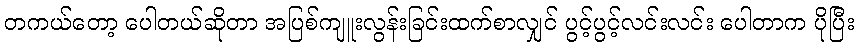
တကယ်တော့ ပေါတယ်ဆိုတာ အပြစ်ကျူးလွန်းခြင်းထက်စာလျှင် ပွင့်ပွင့်လင်းလင်း ပေါတာက ပိုပြီး